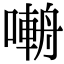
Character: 𡀑